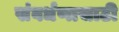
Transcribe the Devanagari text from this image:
संवर्धणासाठी